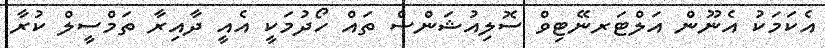
އެކަމަކު އެނޫން އަލްޓަރނޭޓިވް ސޮލިއުޝަންސް ތައް ހޯދުމަކީ އެއީ ދާއިރާ ތަމްސީލް ކުރާ